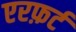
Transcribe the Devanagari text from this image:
एरफ़र्ट